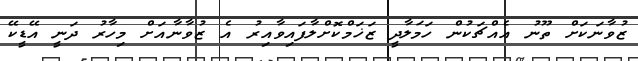
ޒުވާނަކަށް ތޫނު އެއްޗަކުން ހަމަލާދީ ޒަޚަމްކޮށްލާފައިވާއިރު އެ ޒުވާނާއަށް މިހާރު ދަނީ އޭޑީކޭ